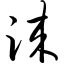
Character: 涞